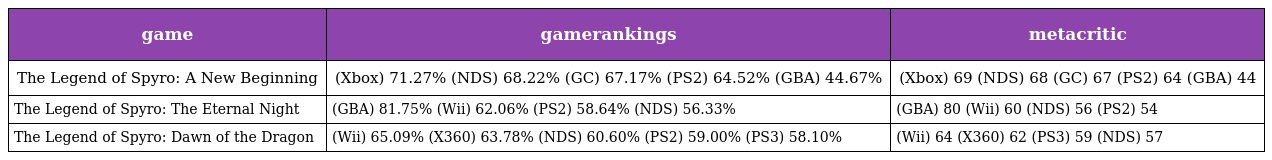
| game | gamerankings | metacritic |
 | --- | --- | --- |
 | The Legend of Spyro: A New Beginning | (Xbox) 71.27% (NDS) 68.22% (GC) 67.17% (PS2) 64.52% (GBA) 44.67% | (Xbox) 69 (NDS) 68 (GC) 67 (PS2) 64 (GBA) 44 |
 | The Legend of Spyro: The Eternal Night | (GBA) 81.75% (Wii) 62.06% (PS2) 58.64% (NDS) 56.33% | (GBA) 80 (Wii) 60 (NDS) 56 (PS2) 54 |
 | The Legend of Spyro: Dawn of the Dragon | (Wii) 65.09% (X360) 63.78% (NDS) 60.60% (PS2) 59.00% (PS3) 58.10% | (Wii) 64 (X360) 62 (PS3) 59 (NDS) 57 |